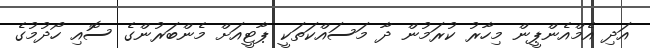
އަދި އެމްއެންޕީން މިހާރު ކުރަމުން ދާ މަސައްކަތަކީ ޕާޓީއަށް މެންބަރުންގެ ސޮއި ހޯދުމުގެ